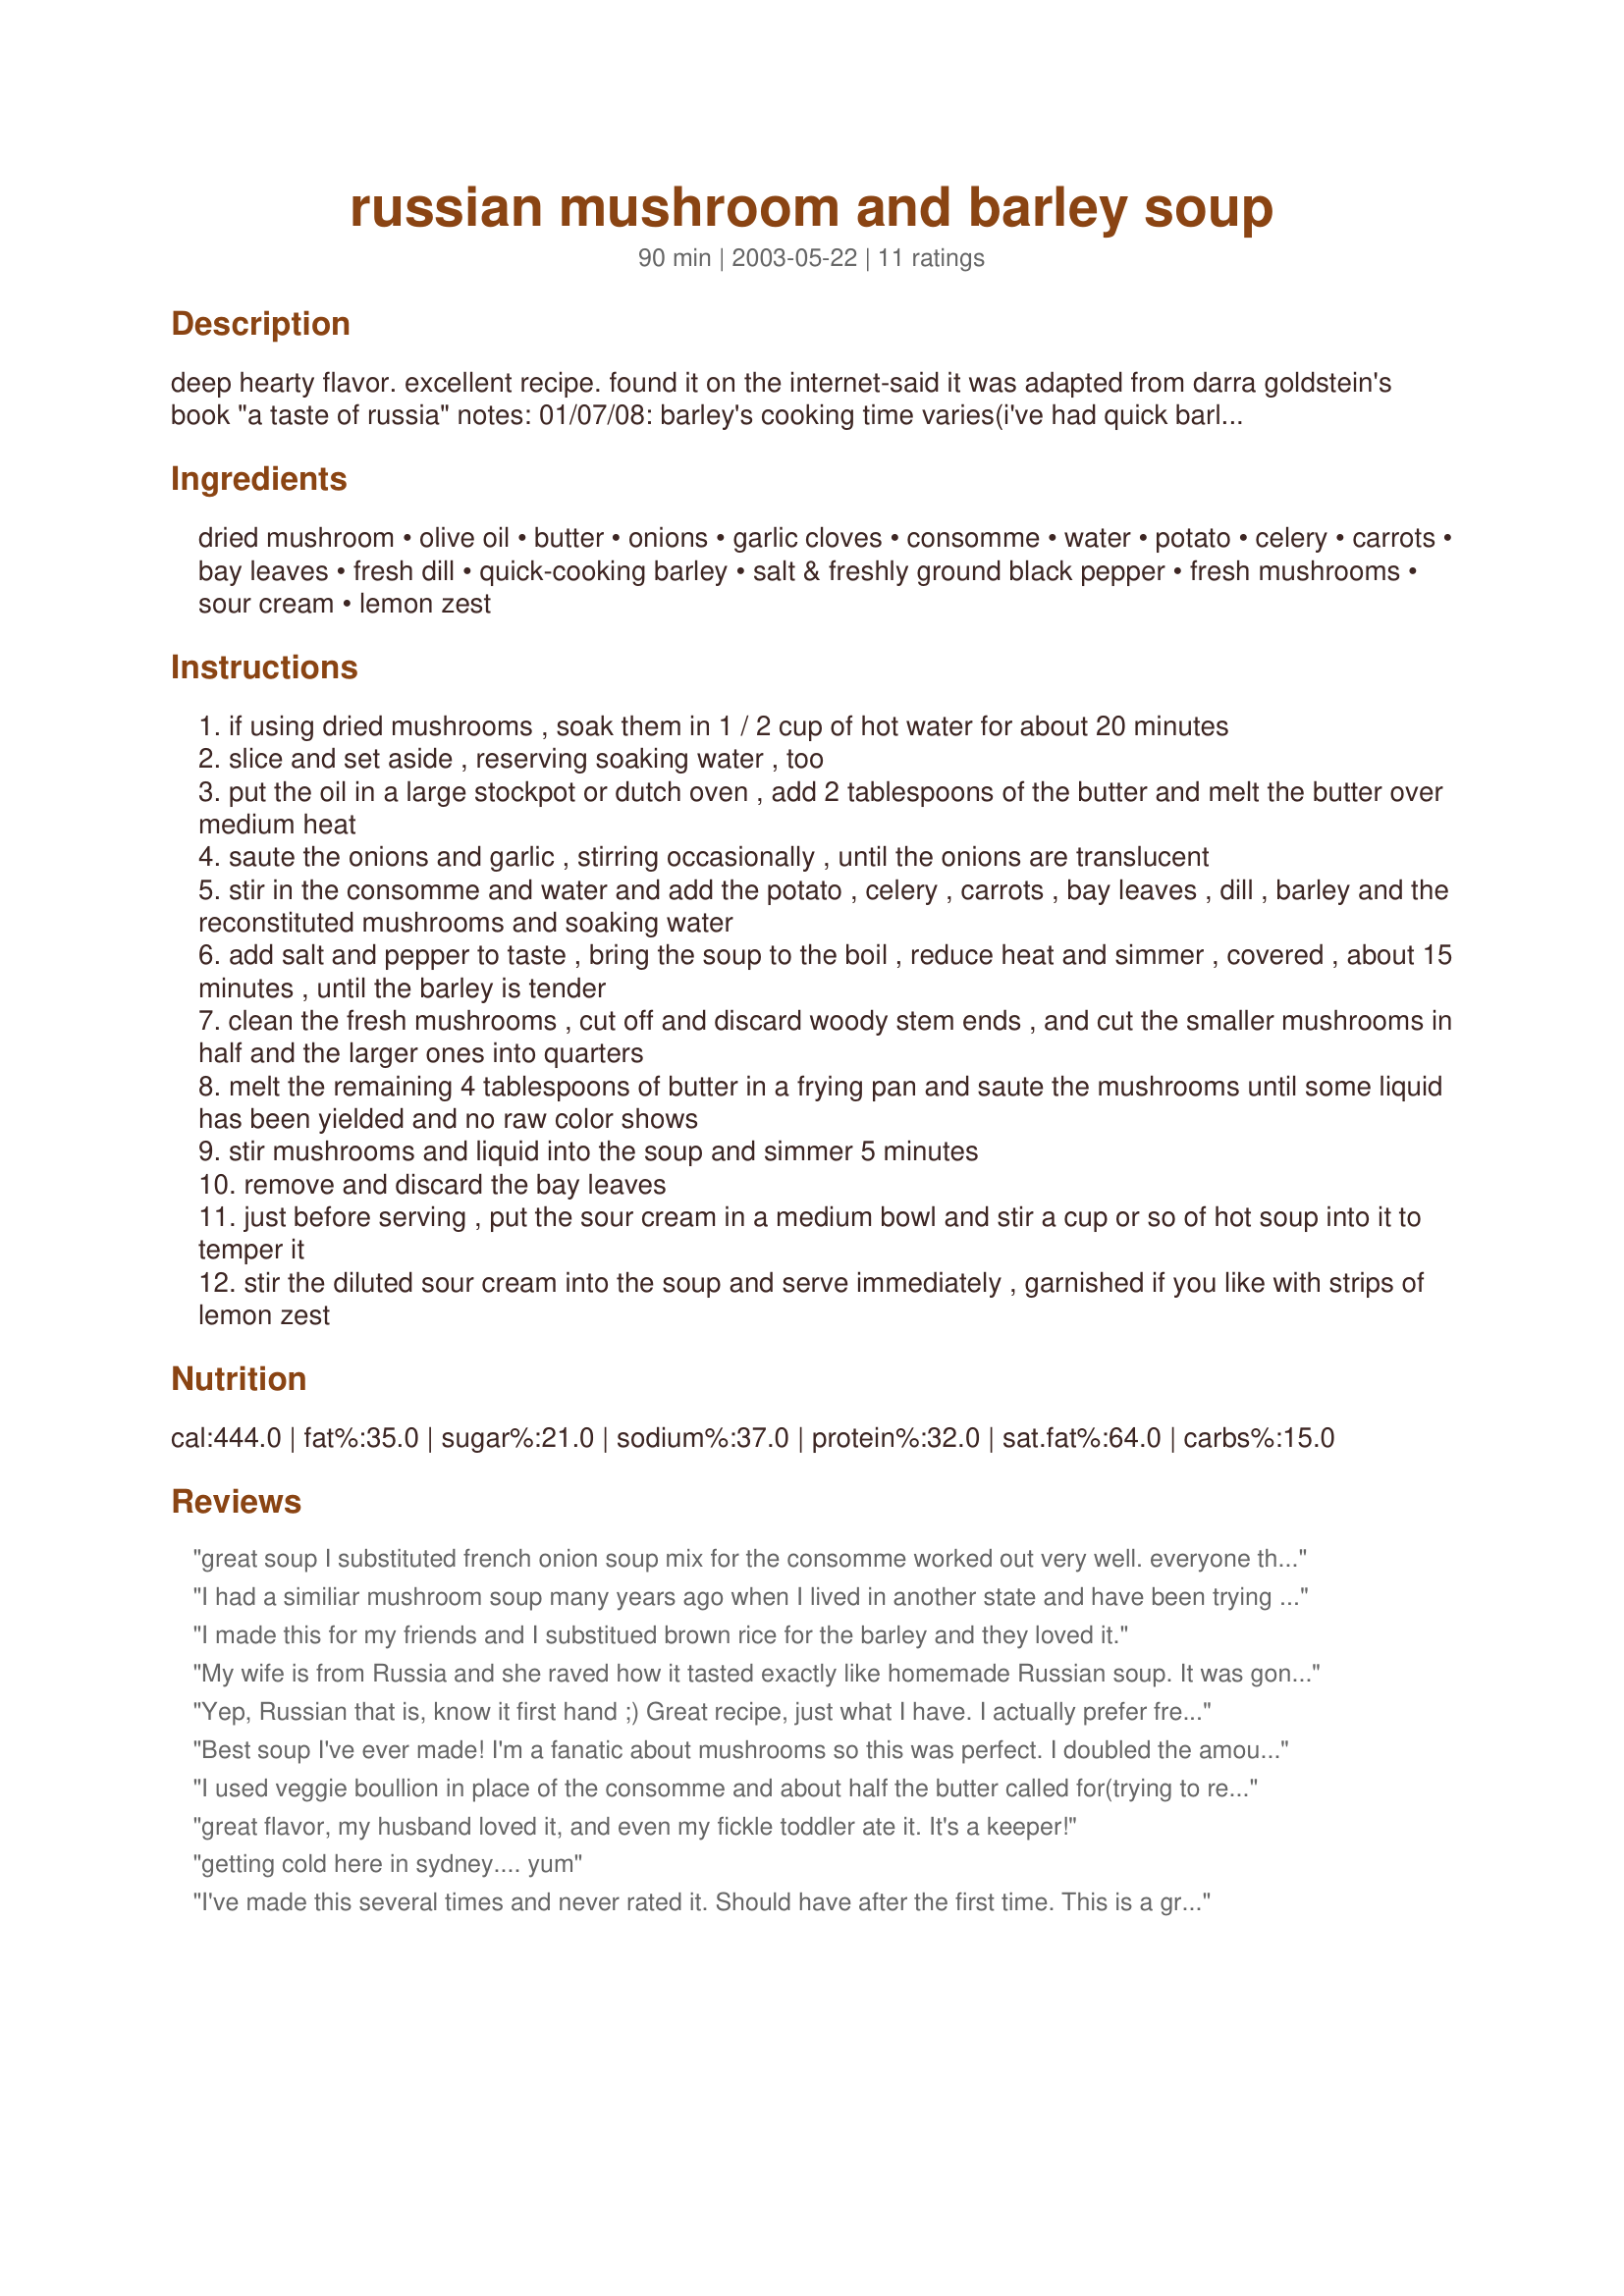
russian mushroom and barley soup
Preparation time: 90 minutes

deep hearty flavor. excellent recipe. found it on the internet-said it was adapted from darra goldstein's book "a taste of russia"
notes: 01/07/08: barley's cooking time varies(i've had quick barley take 45 minutes to cook)so in step 6, cook until tender enough to your taste. the soup may require more liquid; i now keep a 4th can of consomme on hand to add, along with another 1 1/4 cups of water if it's getting too thick.

Ingredients:
dried mushroom, olive oil, butter, onions, garlic cloves, consomme, water, potato, celery, carrots, bay leaves, fresh dill, quick-cooking barley, salt & freshly ground black pepper, fresh mushrooms, sour cream, lemon zest

Steps:
if using dried mushrooms , soak them in 1 / 2 cup of hot water for about 20 minutes
slice and set aside , reserving soaking water , too
put the oil in a large stockpot or dutch oven , add 2 tablespoons of the butter and melt the butter over medium heat
saute the onions and garlic , stirring occasionally , until the onions are translucent
stir in the consomme and water and add the potato , celery , carrots , bay leaves , dill , barley and the reconstituted mushrooms and soaking water
add salt and pepper to taste , bring the soup to the boil , reduce heat and simmer , covered , about 15 minutes , until the barley is tender
clean the fresh mushrooms , cut off and discard woody stem ends , and cut the smaller mushrooms in half and the larger ones into quarters
melt the remaining 4 tablespoons of butter in a frying pan and saute the mushrooms until some liquid has been yielded and no raw color shows
stir mushrooms and liquid into the soup and simmer 5 minutes
remove and discard the bay leaves
just before serving , put the sour cream in a medium bowl and stir a cup or so of hot soup into it to temper it
stir the diluted sour cream into the soup and serve immediately , garnished if you like with strips of lemon zest

Reviews:
great soup I substituted french onion soup mix for the consomme worked out very well. everyone thought it was very meaty.
I had a similiar mushroom soup many years ago when I lived in another state and have been trying to find a recipe for a mushroom soup that wasn't cream based. Thanks so much for posting this! I love this soup!
I made this for my friends and I substitued brown rice for the barley and they loved it.
My wife is from Russia and she raved how it tasted exactly like homemade Russian soup. It was gone in a day. We will be adding this to our regular meal rotation. Thanks again.
Yep, Russian that is, know it first hand ;) Great recipe, just what I have. I actually prefer fresh mushrooms over dried. We used to add Sunflower oil but for the lack of it sour cream works just fine.
Best soup I've ever made! I'm a fanatic about mushrooms so this was perfect. I doubled the amount of mushrooms -- I quartered/halved 24 oz. of fresh button mushrooms and then really finely chopped another 8 oz. for a difference in texture. Other than that, I followed the recipe exactly. The boyfriend was initially concerned about the lack of meat in the recipe but after he tried some there was no complaining. So rich and delicious! Thank you!
I used veggie boullion in place of the consomme and about half the butter called for(trying to reduce our fat intake). This turned out more like a casserole than a soup, but that may be because I used pearl barley instead of instant. Nonetheless, this dish has incredible flavour and is very filling. I tried it without the sour cream and loved it so I skipped adding it. Thanks for a great vegetarian recipe.
great flavor, my husband loved it, and even my fickle toddler ate it. It's a keeper!
getting cold here in sydney.... yum
I've made this several times and never rated it. Should have after the first time. This is a great soup, especially during the winter when you need something hearty. I usually don't use the dried mushrooms, but otherwise leave the recipe as is. Its in my recipe book with spatters and stains all over the page. A friend of mine says that's how you tell a good recipe.
Found this recipe and made it right away. Scrumptious! As others have said, it's hearty with great flavor and very satisfying. I did not use the dried mushrooms as I didn't have any on-hand. It was just fine without them though I'm sure they would add some additional rich flavor. Definitely a keeper!
